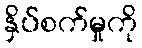
နှိပ်စက်မှုကို